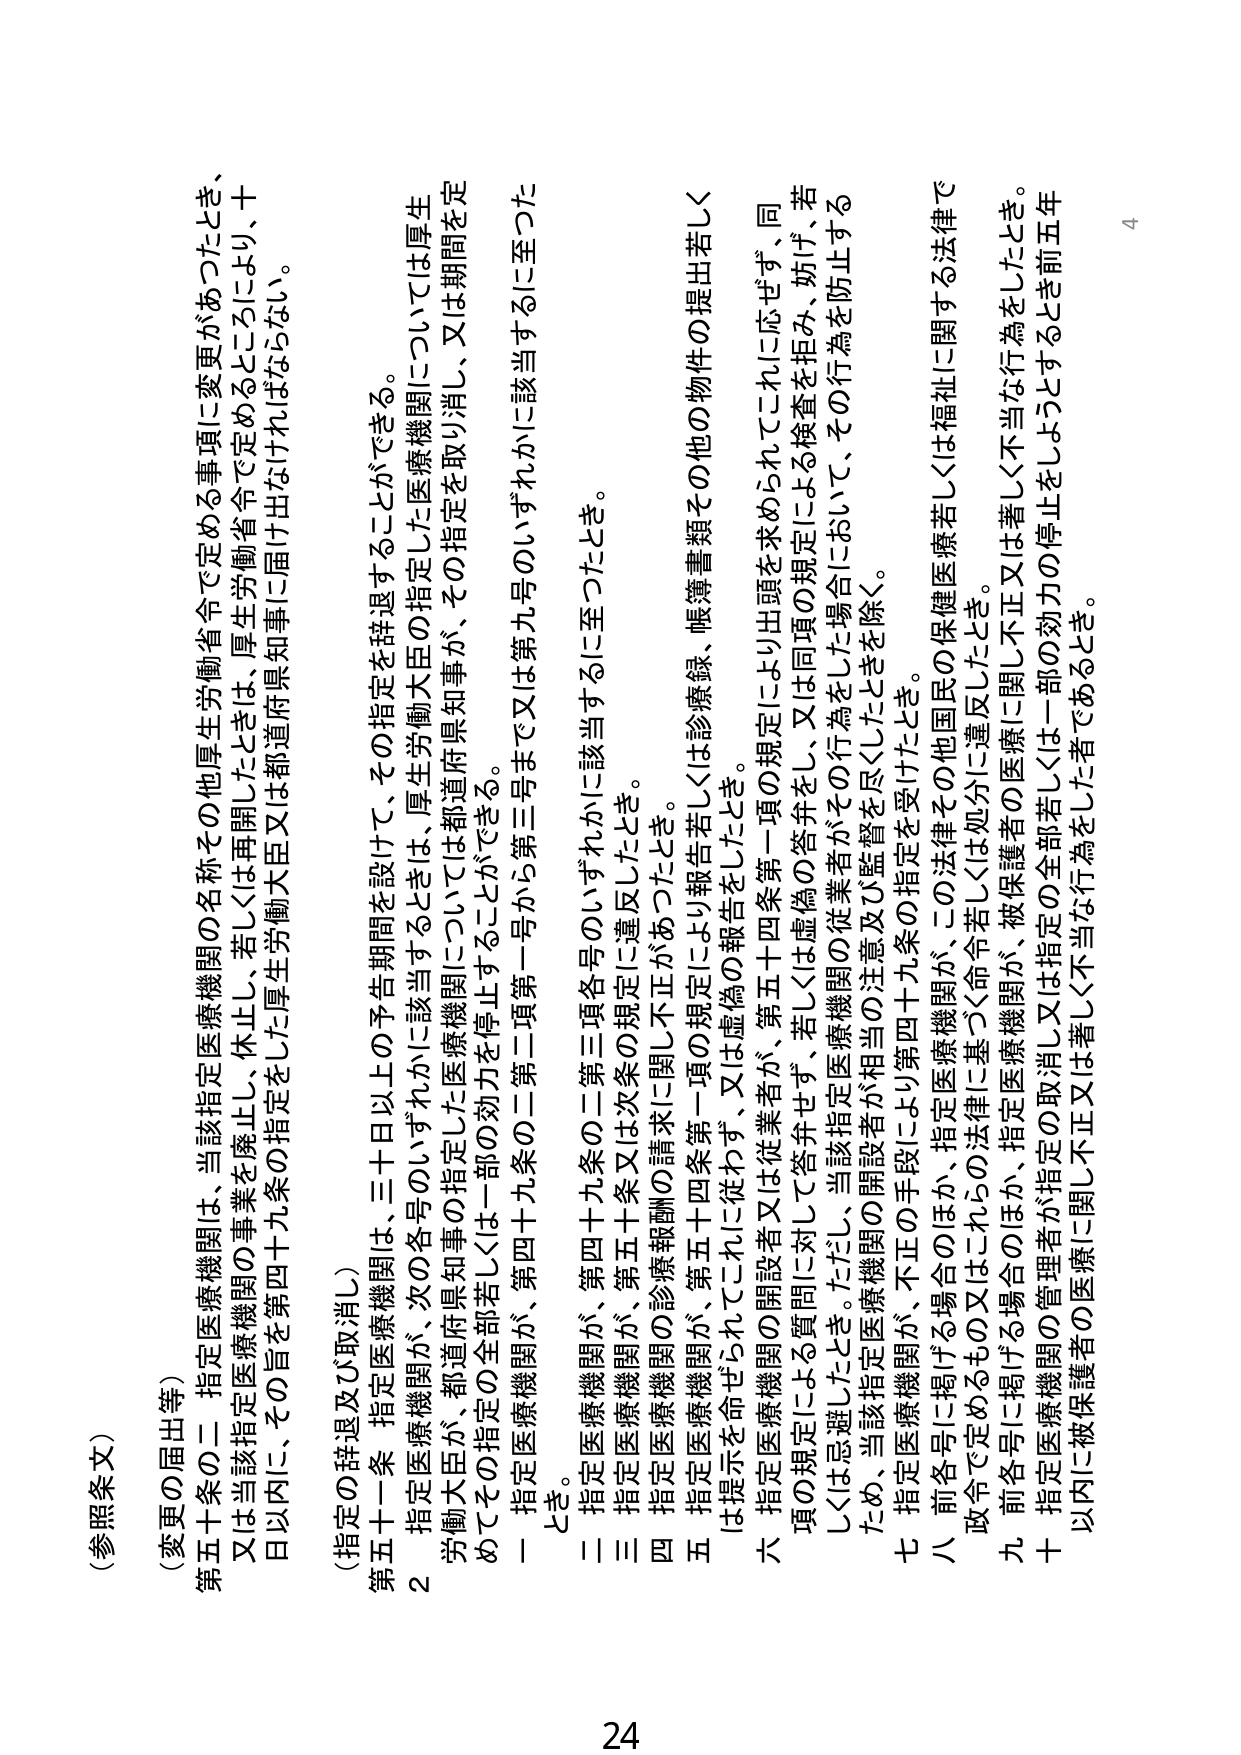
（参照条文）

（変更の届出等）

第五十条の二 指定医療機関は、当該指定医療機関の名称その他厚生労働省令で定める事項に変更があったとき、又は当該指定医療機関の事業を廃止し、休止、若しくは再開したときは、厚生労働省令で定めるところにより、十日以内に、その旨を第四十九条の指定をした厚生労働大臣又は都道府県知事に届け出なければならない。

（指定の辞退及び取消し）

第五十一条 指定医療機関は、三十日以上の予告期間を設けて、その指定を辞退することができる。

２ 指定医療機関が、次の各号のいずれかに該当するときは、厚生労働大臣の指定した医療機関については厚生労働大臣が、都道府県知事の指定した医療機関については都道府県知事が、その指定を取り消し、又は期間を定めてその指定の全部若しくは一部の効力を停止することができる。

一 指定医療機関が、第四十九条の二第二項第一号から第三号まで又は第九号のいずれかに該当するに至ったとき。

二 指定医療機関が、第四十九条の二第三項各号のいずれかに該当するに至ったとき。

三 指定医療機関が、第五十条又は次条の規定に違反したとき。

四 指定医療機関の診療報酬の請求に関して不正があったとき。

五 指定医療機関が、第五十四条第一項の規定により報告若しくは診療録、帳簿書類その他の物件の提出若しくは提示を命ぜられ、これに従わず、又は虚偽の報告をしたとき。

六 指定医療機関の開設者又は従業者が、第五十四条第一項の規定により出頭を求められてこれに応ぜず、同項の規定による質問に対して答弁せず、若しくは虚偽の答弁をし、又は同項の規定による検査を拒み、妨げ、若しくは忌避したとき。ただし、当該指定医療機関の従業者がその行為をした場合において、その行為を防止するため、当該指定医療機関の開設者が相当の注意及び監督を尽くしたときを除く。

七 指定医療機関が、不正の手段により第四十九条の指定を受けたとき。

八 前各号に掲げる場合のほか、指定医療機関が、この法律その他国民の保健医療若しくは福祉に関する法律で政令で定めるもの又はこれらの法律に基づく命令若しくは処分に違反したとき。

九 前各号に掲げる場合のほか、指定医療機関が、被保険者の医療に関して不正又は著しく不当な行為をしたとき。

十 指定医療機関の管理者が指定の取消し又は指定の全部若しくは一部の効力の停止をしようとするとき前五年以内に被保険者の医療に関して不正又は著しく不当な行為をした者であるとき。

24
4